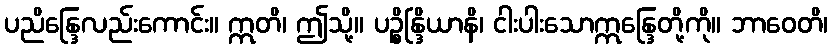
ပညိန္ဒြေလည်းကောင်း။ ဣတိ၊ ဤသို့။ ပဉ္စိန္ဒြိယာနိ၊ ငါးပါးသောဣန္ဒြေတို့ကို။ ဘာဝေတိ၊